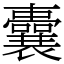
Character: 囊